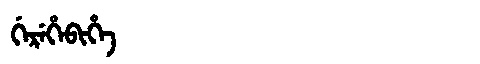
Manchu: ᡤᡝᡵᡝᡥᡝᠪᡳᡥᡝ
Romanization: GEREHEBIHE